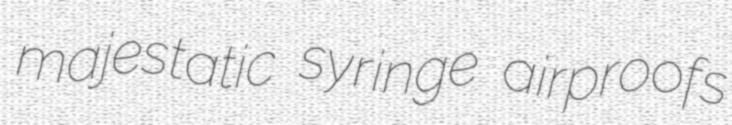
majestatic syringe airproofs